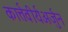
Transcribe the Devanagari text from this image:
कार्त्तवीर्यअर्जुन